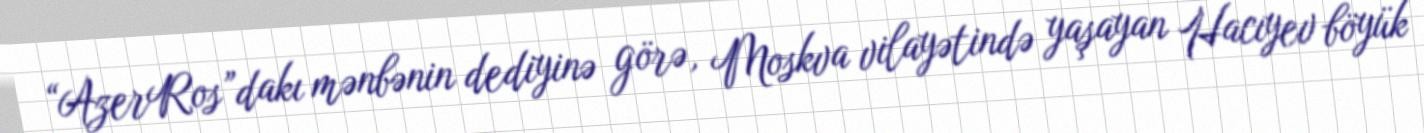
“AzerRos”dakı mənbənin dediyinə görə, Moskva vilayətində yaşayan Hacıyev böyük